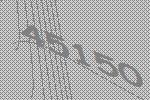
45150